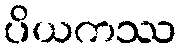
ပိယကဿ